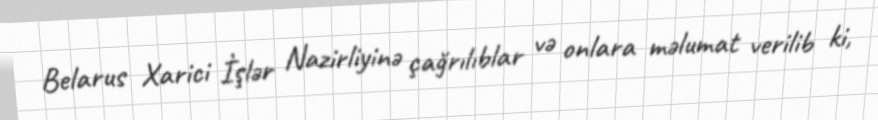
Belarus Xarici İşlər Nazirliyinə çağrılıblar və onlara məlumat verilib ki,